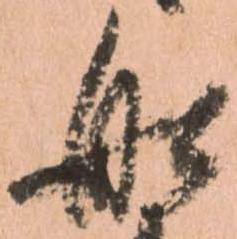
船